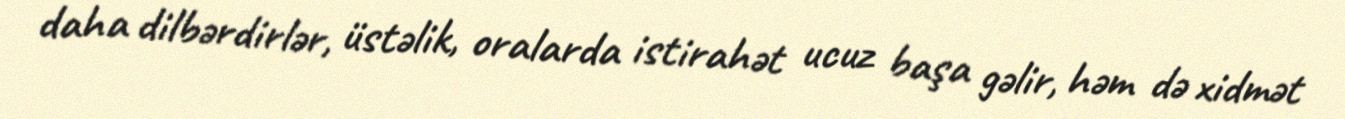
daha dilbərdirlər, üstəlik, oralarda istirahət ucuz başa gəlir, həm də xidmət